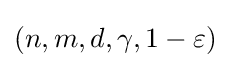
(n,m,d,\gamma ,1-\varepsilon )